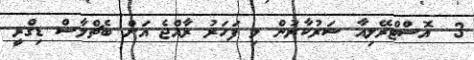
3  އޮސްޓްރޭލިއާ ސަރުކާރުން މި ފަހަރު ރާއްޖެ އަށް ބެޗްލާސް ޑިގްރީ